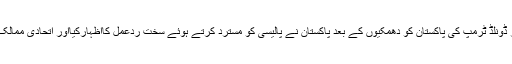
واضع رہے کہ امریکی صدر ڈونلڈ ٹرمپ کی پاکستان کو دھمکیوں کے بعد پاکستان نے پالیسی کو مسترد کرتے ہوئے سخت ردعمل کااظہارکیااور اتحادی ممالک سے رابطے شروع کردیے۔